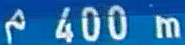
400m